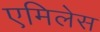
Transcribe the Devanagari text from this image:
एमिलेस